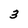
Character: 3